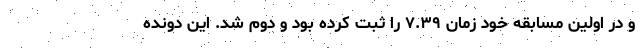
و در اولین مسابقه خود زمان ۷.۳۹ را ثبت کرده بود و دوم شد. این دونده